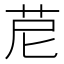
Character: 苨